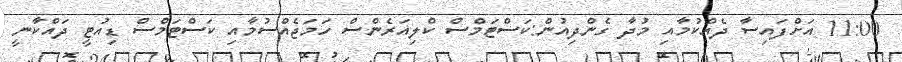
11:00 އަށްފައިސާ ދެއްކުމާއި މުދާ ގެންދިއުން:ކަސްޓަމްސް ކްލިއަރެންސް ހަމަޖެއްސުމާއި ކަސްޓަމްސް ޑިއުޓީ ދައްކާނީ